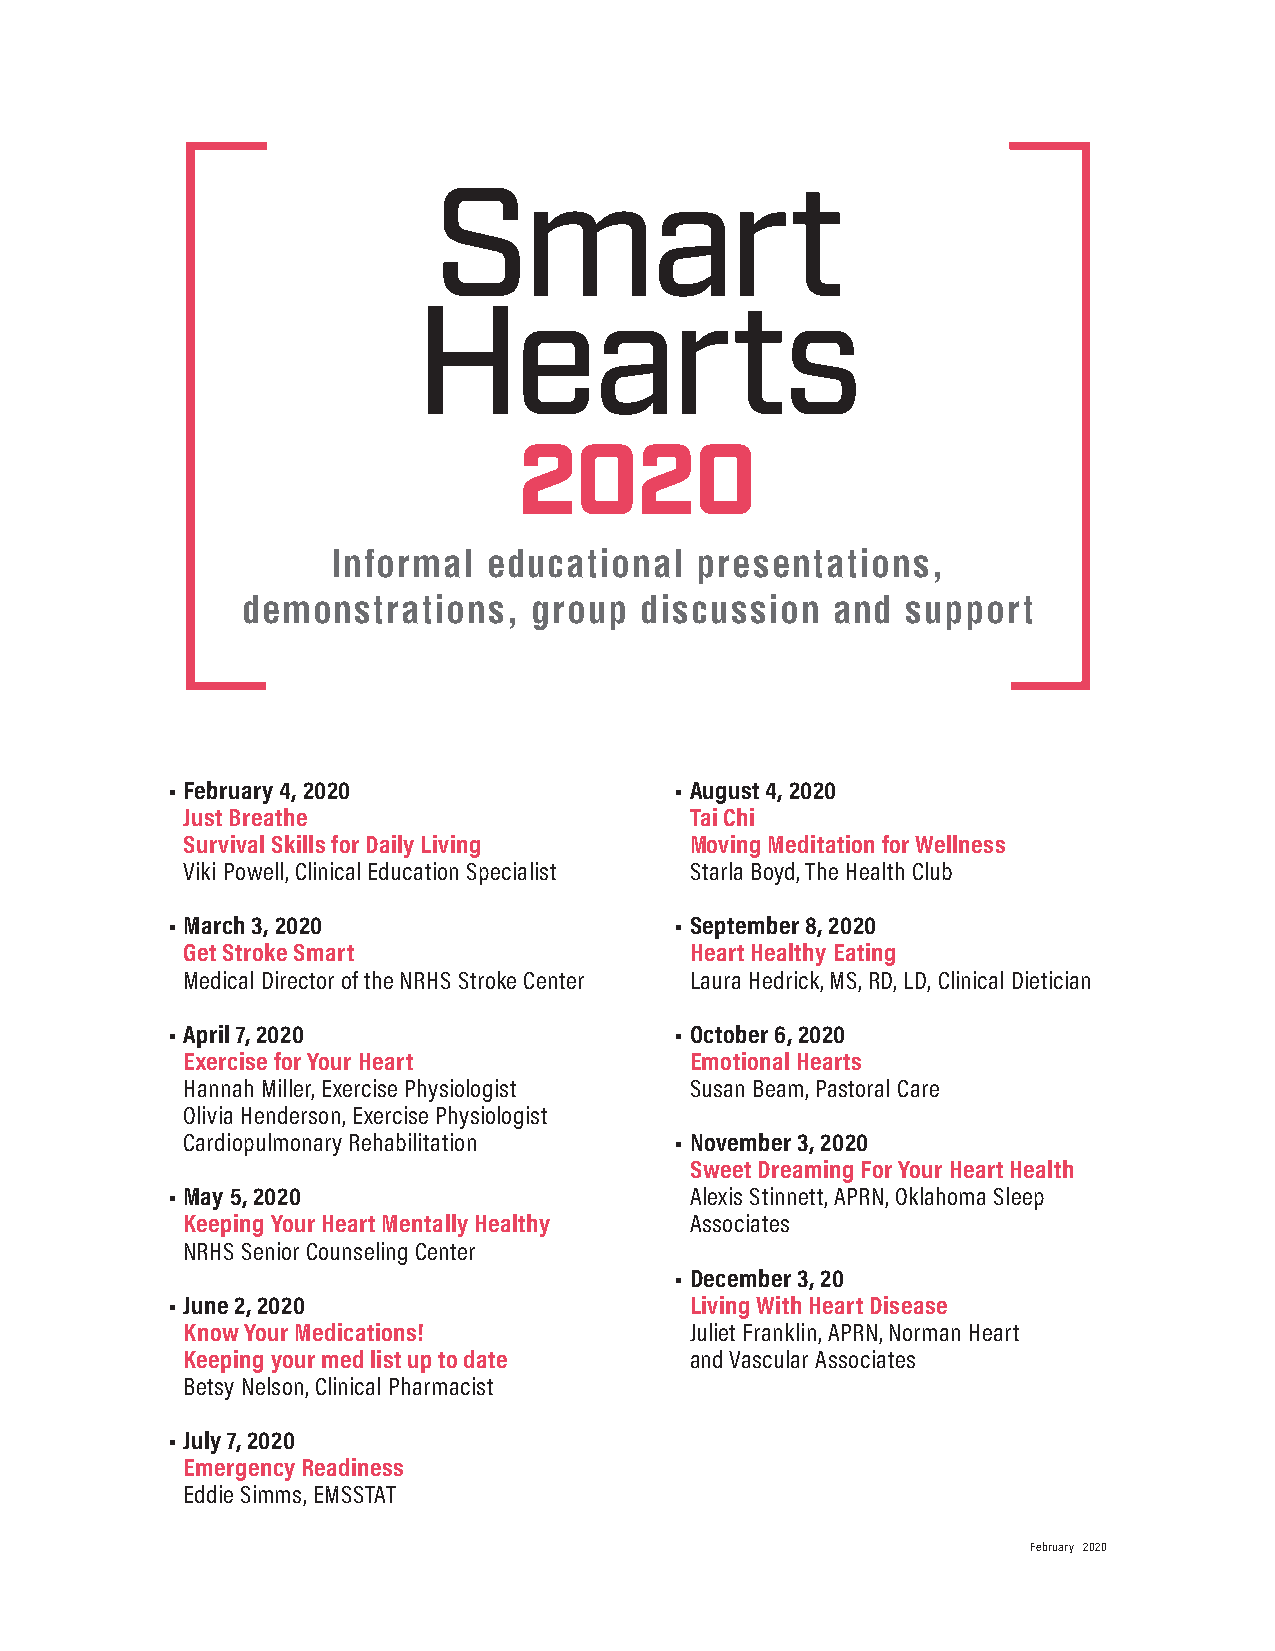
2020
 Informal  educational   presentations,
 demonstrations,    group  discussion   and  support
 • February 4, 2020                • August 4, 2020
 Just Breathe                      Tai Chi
 Survival Skills for Daily Living  Moving Meditation for Wellness
 Viki Powell, Clinical Education Specialist Starla Boyd, The Health Club
 • March 3, 2020                   • September 8, 2020
 Get Stroke Smart                  Heart Healthy Eating
 Medical Director of the NRHS Stroke Center Laura Hedrick, MS, RD, LD, Clinical Dietician
 • April 7, 2020                   • October 6, 2020
 Exercise for Your Heart           Emotional Hearts
 Hannah Miller, Exercise Physiologist Susan Beam, Pastoral Care
 Olivia Henderson, Exercise Physiologist
 Cardiopulmonary Rehabilitation   • November 3, 2020
 Sweet Dreaming For Your Heart Health
 • May 5, 2020                      Alexis Stinnett, APRN, Oklahoma Sleep
 Keeping Your Heart Mentally Healthy Associates
 NRHS Senior Counseling Center
 • December 3, 20
 • June 2, 2020                     Living With Heart Disease
 Know Your Medications!            Juliet Franklin, APRN, Norman Heart
 Keeping your med list up to date  and Vascular Associates
 Betsy Nelson, Clinical Pharmacist
 • July 7, 2020
 Emergency Readiness
 Eddie Simms, EMSSTAT
 February 2020